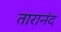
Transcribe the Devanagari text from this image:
तारानंद